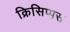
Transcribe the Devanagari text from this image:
क्रिसिप्पस